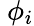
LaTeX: \ \phi_{i}